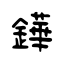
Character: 鏵